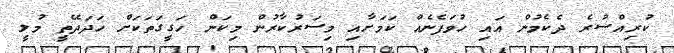
ކުރިއްސުރެ ދެކެމުން އައި ހުވަފެނެއް ކަމަށާއި މިސަރުކާރުން މިކަން ހަގީގަތަކަށް ހަދަދޭތީ މުލީ